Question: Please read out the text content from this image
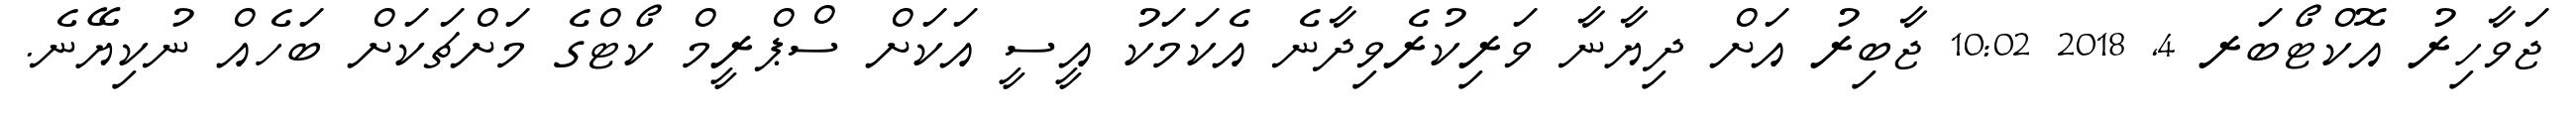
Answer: ޖަވާހިރު އޮކްޓޯބަރ 4, 2018 10:02 ޖާބިރު އަށް ދިޔާނާ ވަރިކުރެވިދާނެ އެކަމަކު އީސީ އަކަށް ސްޕްރީމް ކޯޓްގެ މަށްޗަކަށް ބަހެއް ނުކިޔޭނެ.